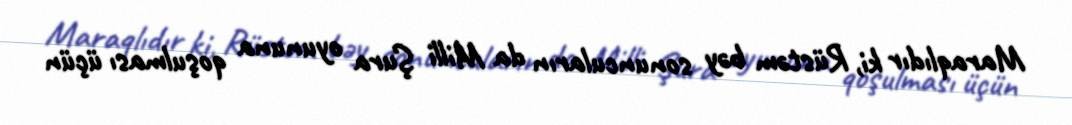
Maraqlıdır ki, Rüstəm bəy sonuncuların da Milli Şura oyununa qoşulması üçün